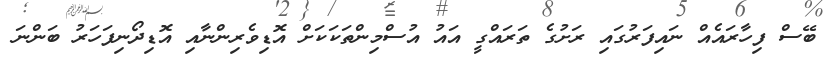
ބޭސް ފިހާރައެއް ނައިފަރުގައި ރަށުގެ ތަރައްގީ އައު އުސްމިންތަކަކަށް އޮޑިވެރިންނާއި އޮޑިދޯނިފަހަރު ބަންނަ